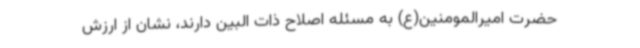
حضرت امیرالمومنین(ع) به مسئله اصلاح ذات البین دارند، نشان از ارزش